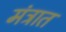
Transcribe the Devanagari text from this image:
मंत्रात